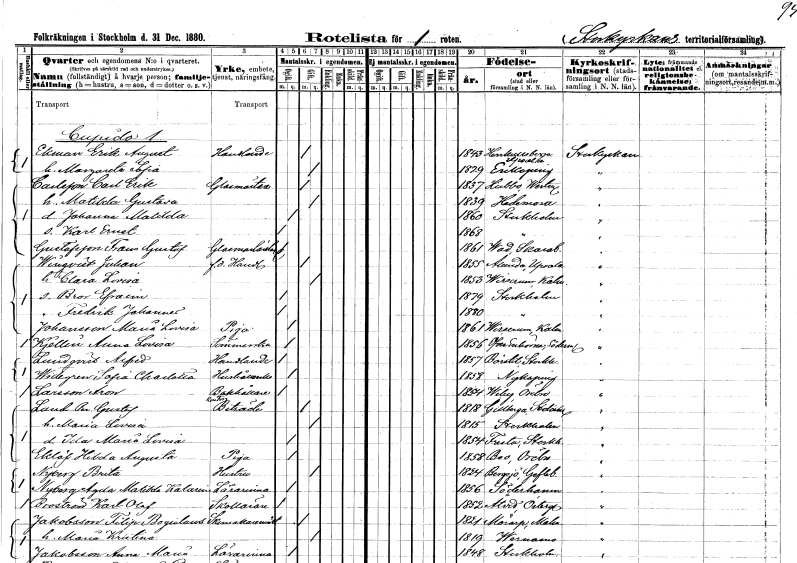
gt_parse: households: individuals: FN: Erik August
EN: Ekman
YRKE: Handlande
KON: M
CIV: G
FODAR: 1843
FODFORS: Härkeberga Uppsala län
FN: Margareta Sofia
KON: K
CIV: G
FODAR: 1829
FODFORS: Enköping Uppsala län
FN: Carl Erik
EN: Carlsson
YRKE: Glasmästare
KON: M
CIV: G
FODAR: 1837
FODFORS: Hubbo Västmanlands län
FN: Matilda Gustava
KON: K
CIV: G
FODAR: 1839
FODFORS: Hedemora Kopparbergs län
FN: Johanna Matilda
KON: K
CIV: O
FODAR: 1860
FODFORS: Stockholm
FN: Karl Ernst
KON: M
CIV: O
FODAR: 1868
FODFORS: Stockholm
FN: Frans Gustaf
EN: Gustafsson
YRKE: Glasmästarelärling
KON: M
CIV: O
FODAR: 1861
FODFORS: Vad Skaraborgs län
FN: Julian
EN: Winqvist
YRKE: Handlande f.d.
KON: M
CIV: G
FODAR: 1855
FODFORS: Alunda Uppsala län
FN: Clara Lovisa
KON: K
CIV: G
FODAR: 1853
FODFORS: Virserum Kalmar län
FN: Bror Efraim
KON: M
CIV: O
FODAR: 1879
FODFORS: Stockholm
FN: Fredrik Johannes
KON: M
CIV: O
FODAR: 1880
FODFORS: Stockholm
FN: Maria Lovisa
EN: Johansson
YRKE: Piga
KON: K
CIV: O
FODAR: 1861
FODFORS: Virserum Kalmar län
FN: Anna Lovisa
EN: Kjellin
YRKE: Sömmerska
KON: K
CIV: O
FODAR: 1856
FODFORS: Ytterenhörna Stockholms län
FN: Alfred
EN: Lundqvist
YRKE: Handlande
KON: M
CIV: O
FODAR: 1857
FODFORS: Börstil Uppsala län
FN: Sofia Charlotta
EN: Widegren
YRKE: Hushållerska
KON: K
CIV: O
FODAR: 1858
FODFORS: Nyköping Södermanlands län
FN: Aron
EN: Larsson
YRKE: Bokhållare
KON: M
CIV: O
FODAR: 1854
FODFORS: Viby Örebro län
FN: Per Gustaf
EN: Laud
YRKE: Biträde
KON: M
CIV: G
FODAR: 1818
FODFORS: Gillberga Södermanlands län
FN: Maria Lovisa
KON: K
CIV: G
FODAR: 1815
FODFORS: Stockholm
FN: Ida Maria Lovisa
KON: K
CIV: O
FODAR: 1854
FODFORS: Fresta Stockholms län
FN: Hilda Augusta
EN: Eklöf
YRKE: Piga
KON: K
CIV: O
FODAR: 1858
FODFORS: Bo Örebro län
FN: Brita
EN: Nyberg
YRKE: Hustru
KON: K
CIV: G
FODAR: 1824
FODFORS: Bergsjö Gävleborgs län
FN: Agda Matilda Katarina
EN: Nyberg
YRKE: Lärarinna
KON: K
CIV: O
FODAR: 1856
FODFORS: Söderhamn Gävleborgs län
FN: Karl Olof
EN: Broström
YRKE: Skollärare
KON: M
CIV: O
FODAR: 1852
FODFORS: Åtvid Östergötlands län